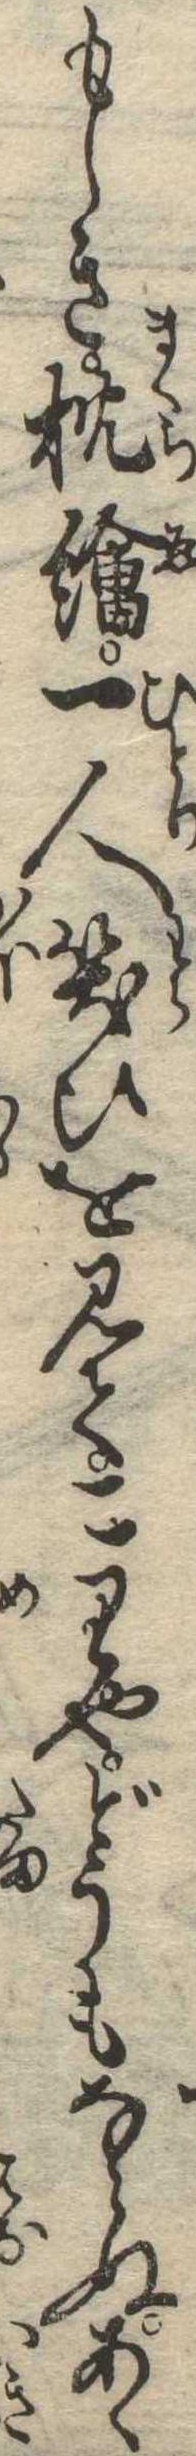
もしき枕絵一人笑ひを見てこりやどうもならぬあゝ